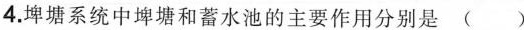
4.埤塘系统中埤塘和蓄水池的主要作用分别是 ( )